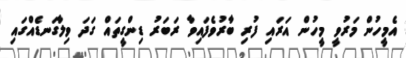
އެމީހުން މަރުވީ މީހުން އަރައި ފުރި ބާރުވެފައިވާ ރަބަރު ޑިންގީތައް ގަދަ ވިލާގަނޑެއްގައި